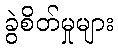
ခွဲစိတ်မှုများ